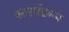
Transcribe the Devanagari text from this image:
समर्थरूप